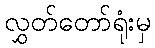
လွှတ်တော်ရုံးမှ